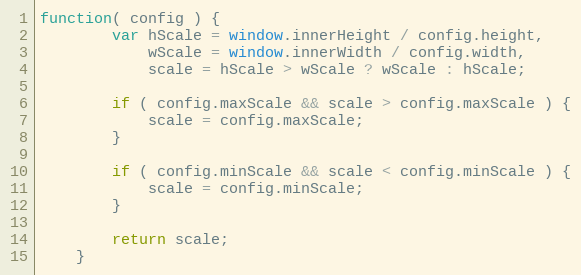
Language: JavaScript
function( config ) {
        var hScale = window.innerHeight / config.height,
            wScale = window.innerWidth / config.width,
            scale = hScale > wScale ? wScale : hScale;

        if ( config.maxScale && scale > config.maxScale ) {
            scale = config.maxScale;
        }

        if ( config.minScale && scale < config.minScale ) {
            scale = config.minScale;
        }

        return scale;
    }